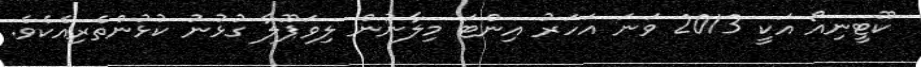
ކޫޓީނިއޯ އަކީ 2013 ވަނަ އަހަރު އިންޓަ މިލާނުން ލިވަޕޫލާ ގުޅުނު ކުޅުންތެރިއެކެވެ.